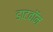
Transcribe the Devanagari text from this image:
डाटवॉन